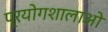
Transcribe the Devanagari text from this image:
प्रयोगशालाओ